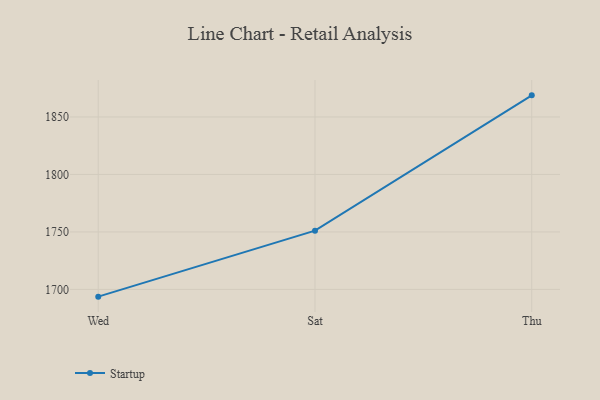
{"axis": {"x": "Day", "y": "Temperature (°C)"}, "legend": ["Startup"], "data": [{"x": "Wed", "y": 1693.7, "type": "Startup"}, {"x": "Sat", "y": 1751.1, "type": "Startup"}, {"x": "Thu", "y": 1868.8, "type": "Startup"}]}